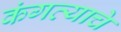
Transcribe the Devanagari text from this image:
कंगव्याचे